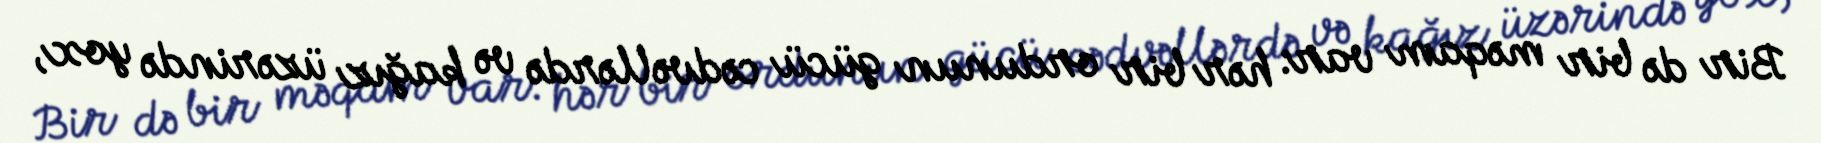
Bir də bir məqam var: hər bir ordunun gücü cədvəllərdə və kağız üzərində yox,